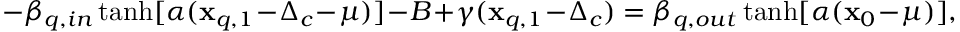
- \beta _ { q , i n } \operatorname { t a n h } [ \alpha ( \mathbf { x } _ { q , 1 } - \Delta _ { c } - \mu ) ] - B + \gamma ( \mathbf { x } _ { q , 1 } - \Delta _ { c } ) = \beta _ { q , o u t } \operatorname { t a n h } [ \alpha ( \mathbf { x } _ { 0 } - \mu ) ] ,